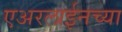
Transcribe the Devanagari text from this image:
एअरलाईनच्या